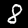
Label: 8